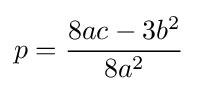
p={\frac {8ac-3b^{2}}{8a^{2}}}